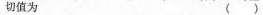
切值为( )